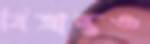
বিভ্রান্তও